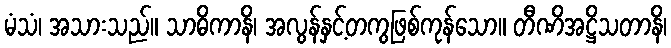
မံသံ၊ အသားသည်။ သာဓိကာနိ၊ အလွန်နှင့်တကွဖြစ်ကုန်သော။ တီဏိအဋ္ဌိသတာနိ၊